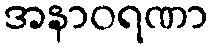
အနာဝရဏာ